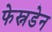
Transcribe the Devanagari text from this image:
फेस्नडेन